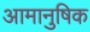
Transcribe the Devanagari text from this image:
आमानुषिक